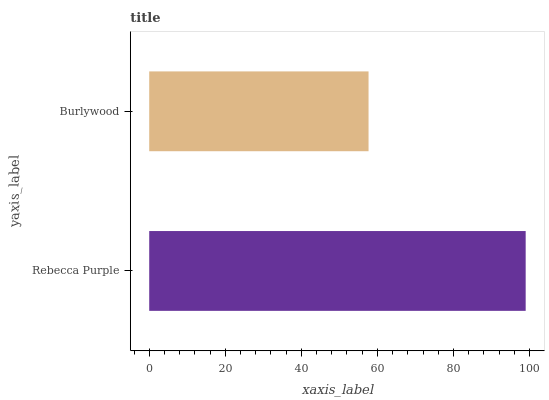
| yaxis_label | bars |
 | --- | --- |
 | Rebecca Purple | 99 |
 | Burlywood | 57.7 |